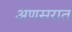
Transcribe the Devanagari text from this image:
अणसरात